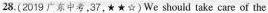
28.(2019东中考,37,★☆)We should take care of the